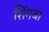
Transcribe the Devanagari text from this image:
शिंगबा